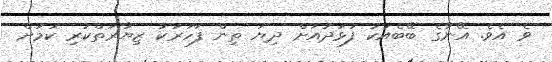
ވެ އެވެ. އޭނާގެ ބޭބެއަކު ފުޅަދުއަށް ދިޔަ ތިން ފަހަރަކު ޒިޔާރަތްކުރި ކަމަށް